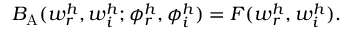
B _ { \mathrm { A } } ( w _ { r } ^ { h } , w _ { i } ^ { h } ; \phi _ { r } ^ { h } , \phi _ { i } ^ { h } ) = F ( w _ { r } ^ { h } , w _ { i } ^ { h } ) .